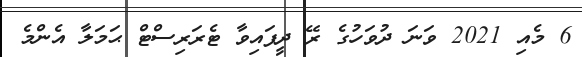
6 މެއި 2021 ވަނަ ދުވަހުގެ ރޭ ދީފައިވާ ޓެރަރިސްޓް ޙަމަލާ އެންމެ